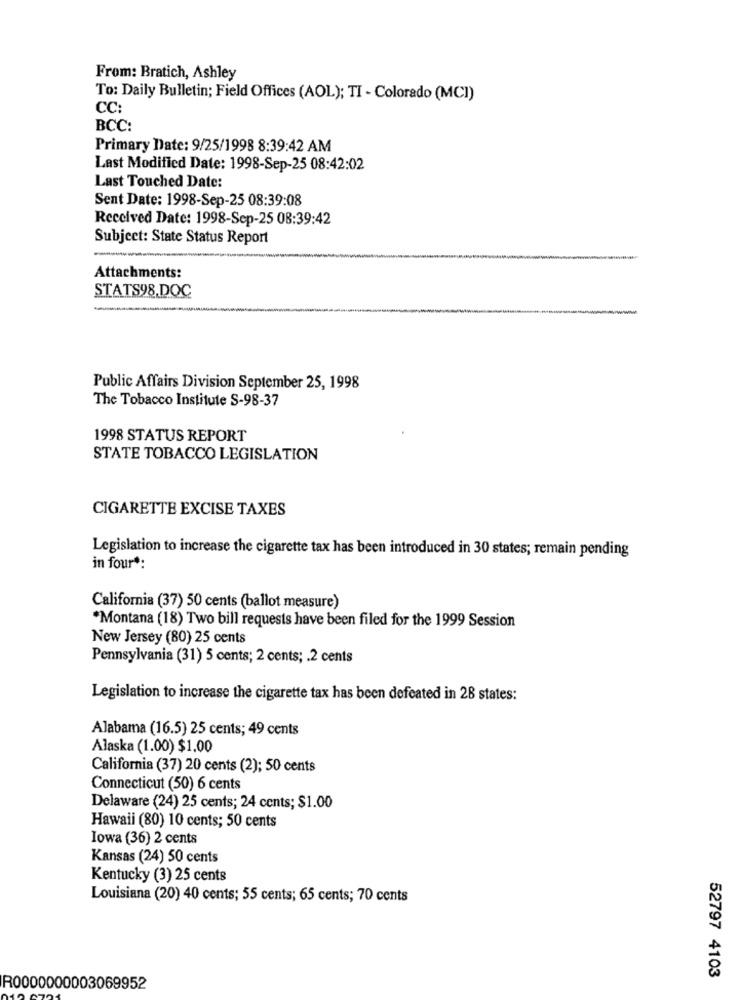
From: Bratich, Ashley
To: Daily Bulletin; Field Offices (AOL); TI - Colorado (MCI)
CC:
BCC:
Primary Date: 9/25/1998 8:39:42 AM
Last Modified Date: 1998-Sep-25 08:42:02
Last Touched Date:
Sent Date: 1998-Sep-25 08:39:08
Received Date: 1998-Sep-25 08:39:42
Subject: State Status Report
Attachments:
STATS98.DOC
Public Affairs Division September 25, 1998
The Tobacco Institute S-98-37
1998 STATUS REPORT
STATE TOBACCO LEGISLATION
CIGARETTE EXCISE TAXES
Legislation to increase the cigarette tax has been introduced in 30 states; remain pending
in four *:
California (37) 50 cents (ballot measure)
*Montana (18) Two bill requests have been filed for the 1999 Session
New Jersey (80) 25 cents
Pennsylvania (31) 5 cents; 2 cents; . 2 cents
Legislation to increase the cigarette tax has been defeated in 28 states:
Alabama (16.5) 25 cents; 49 cents
Alaska (1.00) $1.00
California (37) 20 cents (2); 50 cents
Connecticut (50) 6 cents
Delaware (24) 25 cents; 24 cents; $1.00
Hawaii (80) 10 cents; 50 cents
Iowa (36) 2 cents
Kansas (24) 50 cents
Kentucky (3) 25 cents
Louisiana (20) 40 cents; 55 cents; 65 cents; 70 cents
52797 4103
R0000000003069952